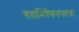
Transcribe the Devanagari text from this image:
गताभिषेकतस्तथा